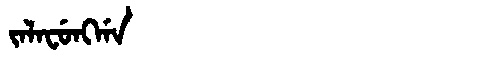
Manchu: ᠵᠠᠯᠠᠸᡠᠩᡤᠠ
Romanization: JALAFUNGGA